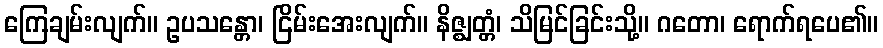
ကြေချမ်းလျက်။ ဥပသန္တော၊ ငြိမ်းအေးလျက်။ နိဇ္ဈတ္တံ၊ သိမြင်ခြင်းသို့။ ဂတော၊ ရောက်ရပေ၏။